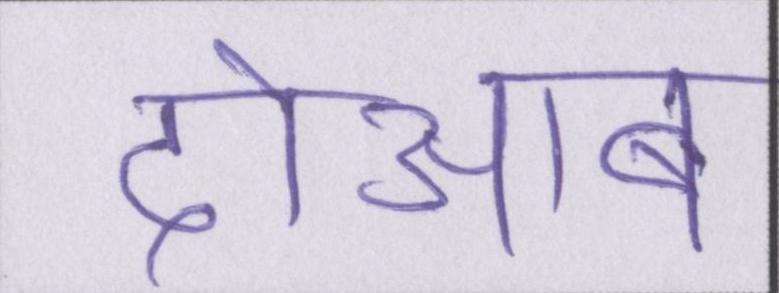
दोआब